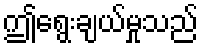
ဤရွေးချယ်မှုသည်